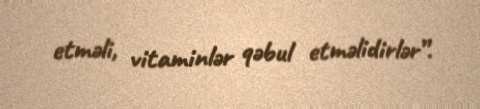
etməli, vitaminlər qəbul etməlidirlər”.